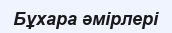
Бұхара әмірлері